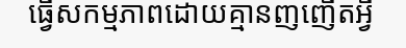
ធ្វើសកម្មភាពដោយគ្មានញញើតអ្វី